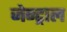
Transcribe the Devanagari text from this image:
जेन्ट्राल